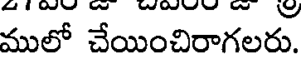
ములో చేయించిరాగలరు.